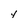
Character: y